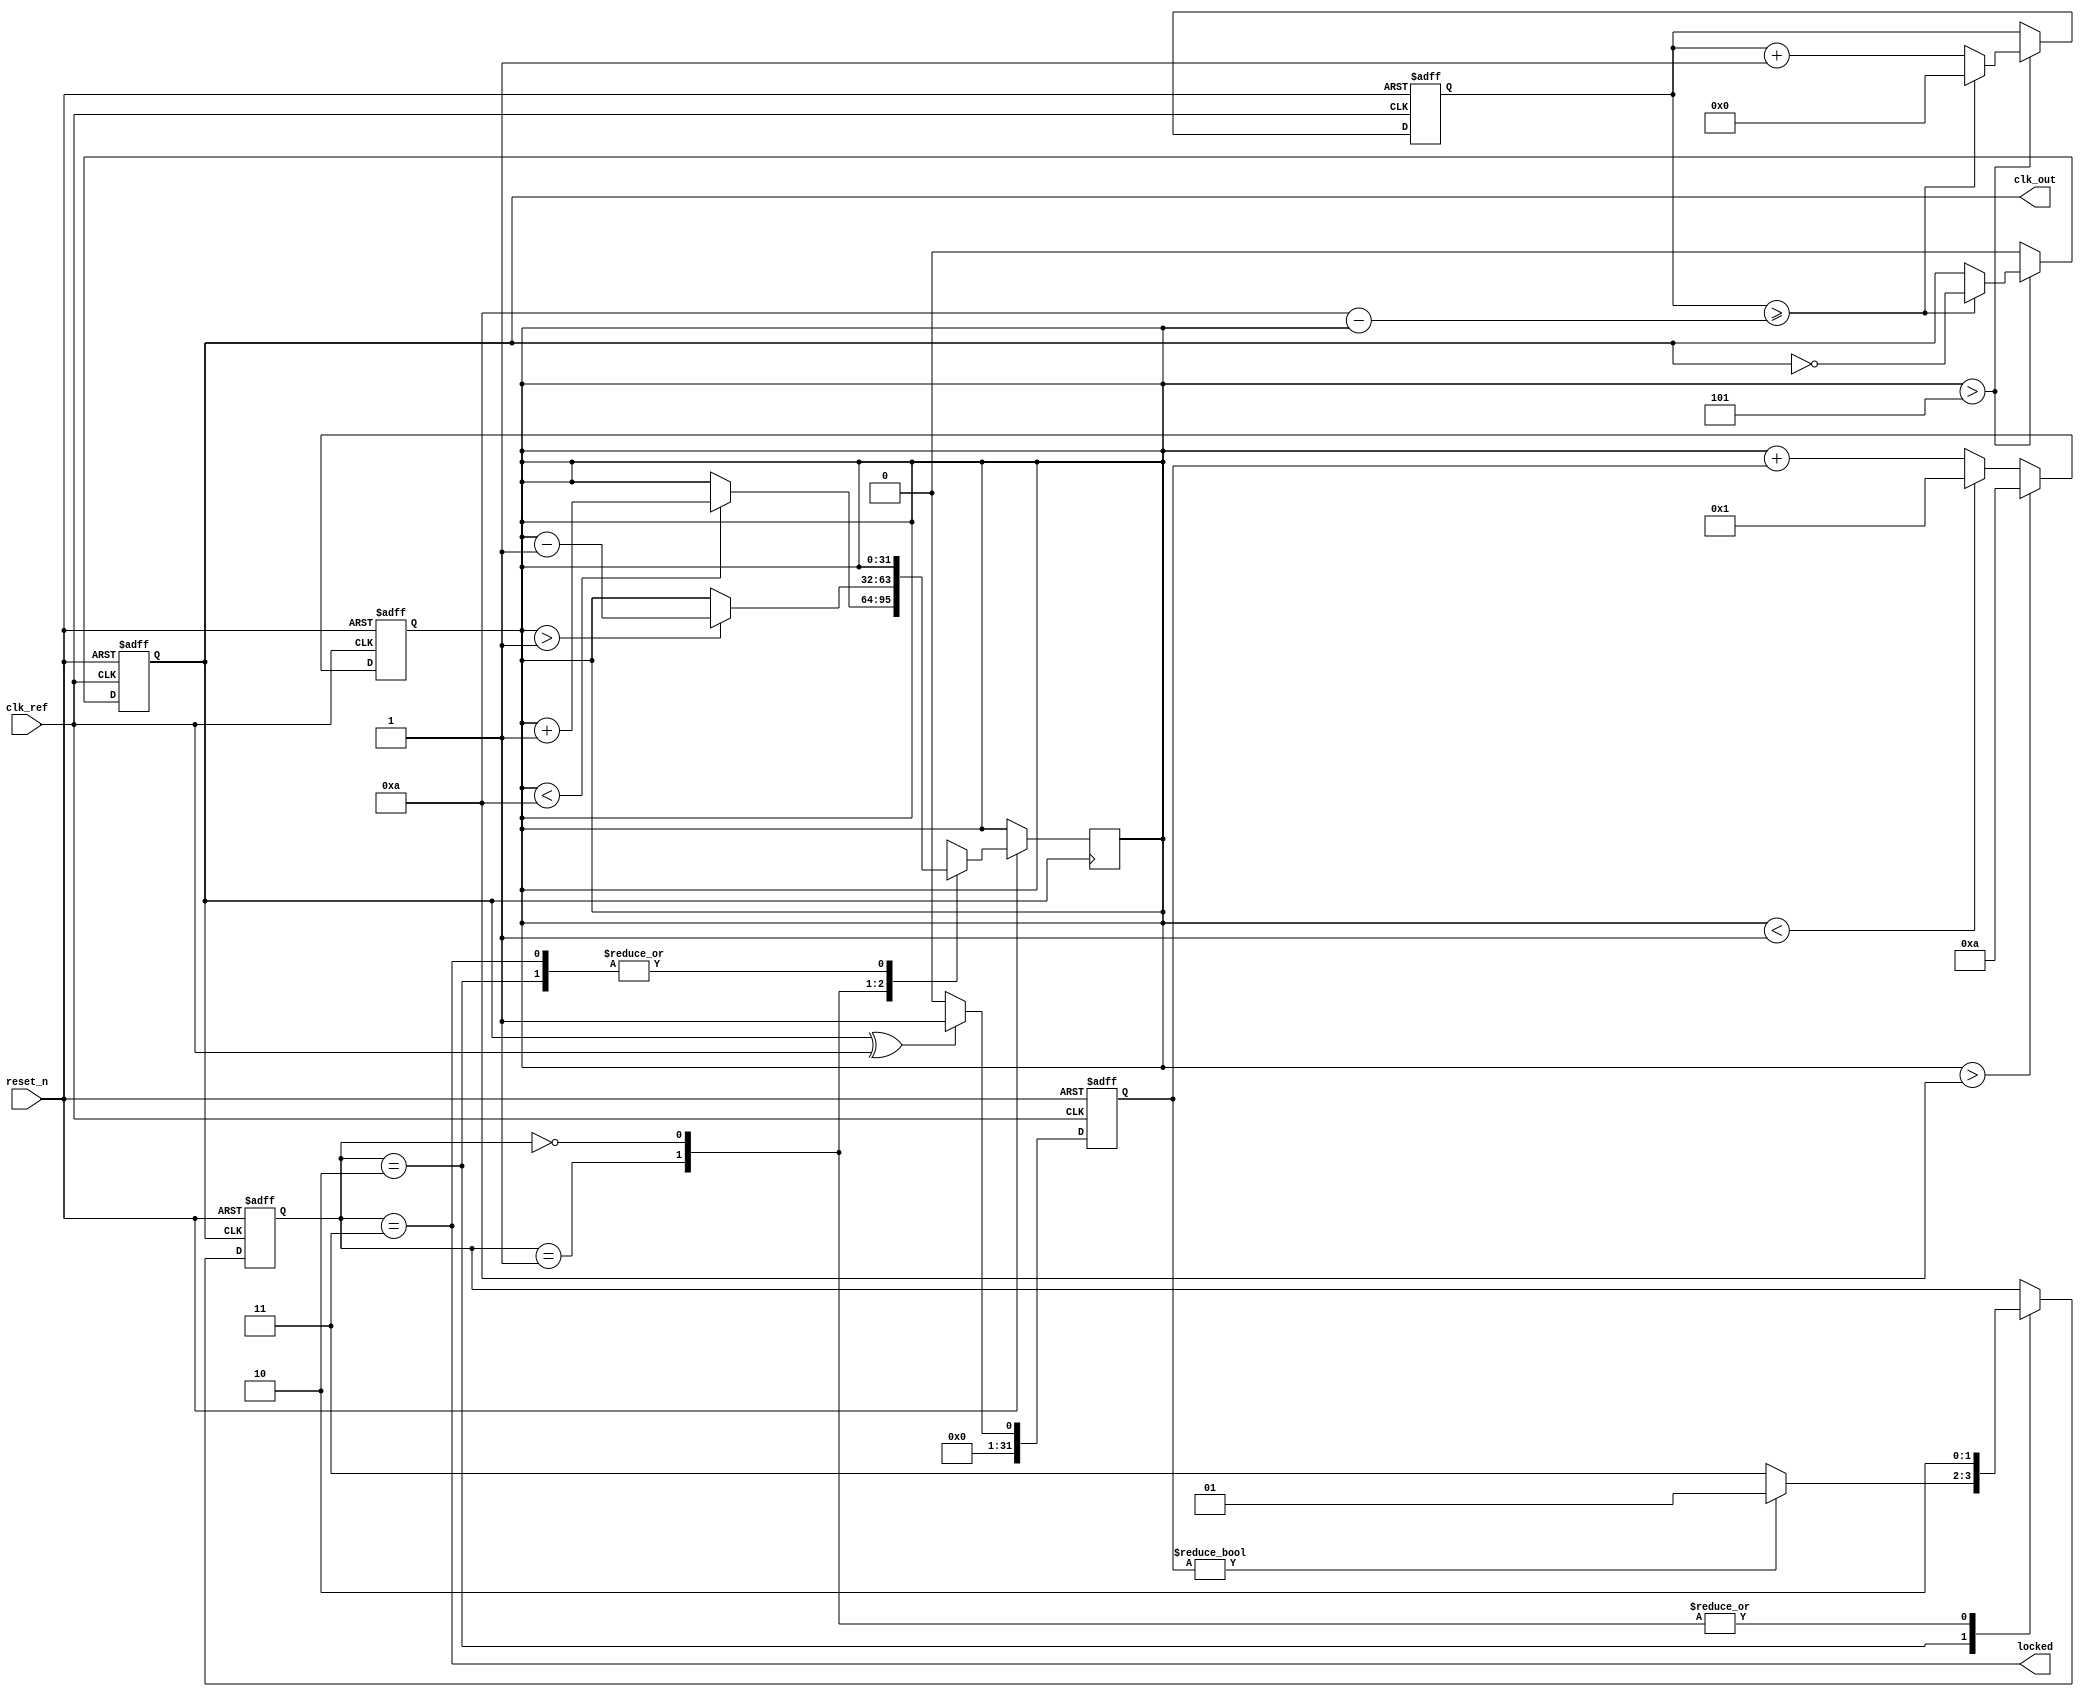
module pll_type2 (
    input wire clk_ref,         // Reference clock input
    input wire reset_n,        // Active low reset
    output reg clk_out,        // Output clock signal
    output wire locked         // Lock signal
);

    // Parameters
    parameter N = 4;           // Feedback divider value (can be adjusted)
    parameter VCO_MAX = 10;    // Maximum frequency of VCO
    parameter VCO_MIN = 1;     // Minimum frequency of VCO

    // Internal signals
    reg [31:0] phase_err;      // Phase error signal
    reg [31:0] control_voltage; // Control voltage for VCO
    reg [31:0] vco_counter;     // VCO counter
    reg [31:0] clk_div;         // Clock divider for feedback
    reg vco_enable;             // VCO enable signal
    reg [1:0] state;            // PLL state machine
    reg [1:0] clk_div_counter;  // Clock divider counter

    // State definitions
    localparam LOCKED = 2'b11;
    localparam ADJUST = 2'b10;
    localparam FREQUENCY_UP = 2'b01;
    localparam FREQUENCY_DOWN = 2'b00;

    // Phase Detector (PD)
    always @(posedge clk_ref or negedge reset_n) begin
        if (!reset_n) begin
            phase_err <= 0;
        end else begin
            // Simple phase detector using XOR
            phase_err <= (clk_out ^ clk_ref) ? 1 : 0;
        end
    end

    // Loop Filter (LF)
    always @(posedge clk_ref or negedge reset_n) begin
        if (!reset_n) begin
            control_voltage <= 0;
        end else begin
            // Simple integral control
            control_voltage <= control_voltage + phase_err;
            // Clamp control voltage to VCO range
            if (control_voltage > VCO_MAX) begin
                control_voltage <= VCO_MAX;
            end else if (control_voltage < VCO_MIN) begin
                control_voltage <= VCO_MIN;
            end
        end
    end

    // Voltage-Controlled Oscillator (VCO)
    always @(posedge clk_ref or negedge reset_n) begin
        if (!reset_n) begin
            vco_counter <= 0;
            clk_out <= 0;
        end else begin
            // Adjust VCO frequency based on control voltage
            if (control_voltage > (VCO_MAX / 2)) begin
                vco_counter <= vco_counter + 1;
                if (vco_counter >= (VCO_MAX - control_voltage)) begin
                    clk_out <= ~clk_out; // Toggle output clock
                    vco_counter <= 0;
                end
            end else begin
                clk_out <= 0; // No output if control voltage is too low
            end
        end
    end

    // Feedback Path
    always @(posedge clk_out or negedge reset_n) begin
        if (!reset_n) begin
            clk_div <= 0;
            clk_div_counter <= 0;
            state <= ADJUST;
        end else begin
            clk_div <= clk_div + 1;
            clk_div_counter <= clk_div_counter + 1;

            // Frequency adjustment based on state
            case (state)
                ADJUST: begin
                    if (phase_err) begin
                        state <= (phase_err) ? FREQUENCY_UP : FREQUENCY_DOWN;
                    end else begin
                        state <= LOCKED;
                    end
                end
                FREQUENCY_UP: begin
                    if (control_voltage < VCO_MAX) begin
                        control_voltage = control_voltage + 1; // Increase frequency
                    end
                    state <= ADJUST;
                end
                FREQUENCY_DOWN: begin
                    if (control_voltage > VCO_MIN) begin
                        control_voltage = control_voltage - 1; // Decrease frequency
                    end
                    state <= ADJUST;
                end
                LOCKED: begin
                    // Maintain locked state
                end
            endcase
        end
    end

    // Lock signal logic
    assign locked = (state == LOCKED);

endmodule